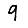
Digit: 9